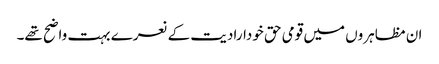
ان مظاہروں میں قومی حق خودارادیت کے نعرے بہت واضح تھے۔